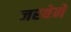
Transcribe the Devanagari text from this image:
जरबेने